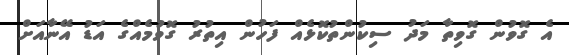
އެ ގޮވުން ގޮވިތާ މަދު ސިކުންތުކޮޅެއް ފަހުން އިތުރު ގޮވުމެއްގެ އަޑު އޭނާއަށް